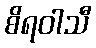
စိရဝါသီ